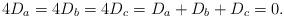
LaTeX: \begin{align*}4D_a=4D_b=4D_c=D_a+D_b+D_c=0.\end{align*}